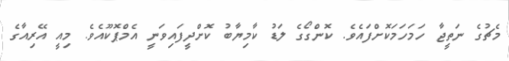
މެޗުގެ ނަތީޖާ ހަމަހަމަކޮށްފައެވެ. ކޮންގޯގެ ލަޑު ކާމިޔާބު ކޮށްދީފައިވަނީ އެމްޕޮކޫއެވެ. މިއީ އޭރިއާގެ